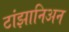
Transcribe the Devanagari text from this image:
टांझानिअन